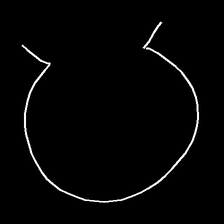
Glyph: weave